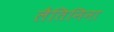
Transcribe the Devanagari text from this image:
लैतिनिना